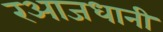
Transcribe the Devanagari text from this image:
रआजधानी